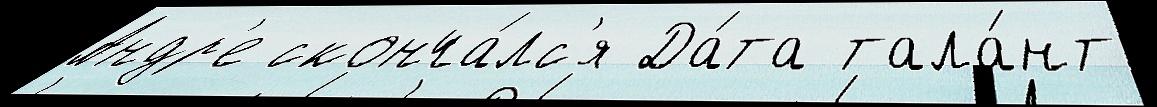
Андр'е сконча́лс'я Да́та тала́нт